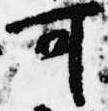
可